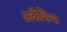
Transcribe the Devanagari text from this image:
अकॅशिया